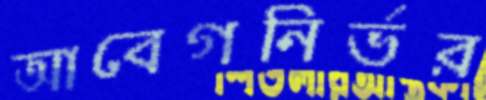
আবেগনির্ভর